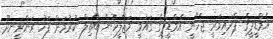
އެމްޑީޕީގެ ޕްރައިމަރީ ޖެހޭނީ އެމްޑީޕީގެ ގައުމީ މަޖްލީހުން ބާތިލް ކުރުމަށް ފަހު ރަންރީނދޫ